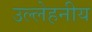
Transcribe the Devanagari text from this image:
उल्लेहनीय